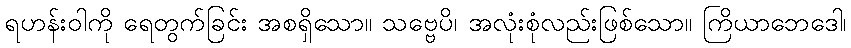
ရဟန်းဝါကို ရေတွက်ခြင်း အစရှိသော။ သဗ္ဗေပိ၊ အလုံးစုံလည်းဖြစ်သော။ ကြိယာဘေဒေါ၊